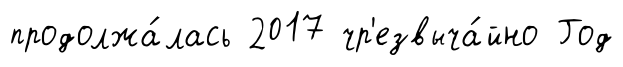
продолжа́лась 2017 чр'езвыча́йно Год